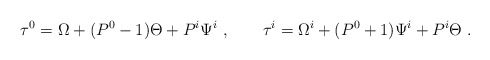
\begin{align*}\tau^0=\Omega+ (P^0-1)\Theta+P^i\Psi^i~, \qquad\tau^i=\Omega^i+(P^0+1)\Psi^i+P^i\Theta\;.\end{align*}